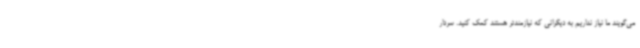
می‌گویند ما نیاز نداریم به دیگرانی که نیازمندتر هستند کمک کنید. سردار